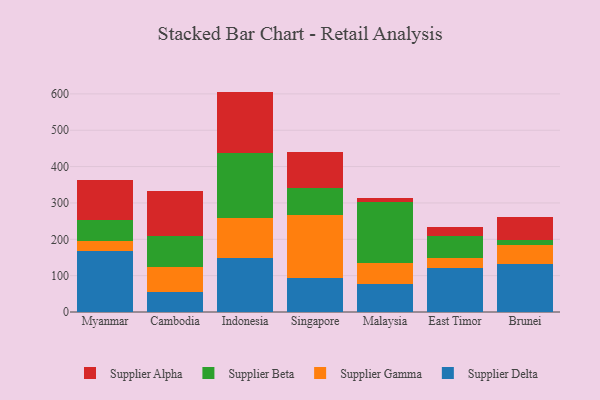
{"axis": {"x": "Country", "y": "Inventory Turnover"}, "legend": ["Supplier Alpha", "Supplier Beta", "Supplier Delta", "Supplier Gamma"], "data": [{"x": "Myanmar", "y": 167.5, "type": "Supplier Delta"}, {"x": "Myanmar", "y": 27.0, "type": "Supplier Gamma"}, {"x": "Myanmar", "y": 58.0, "type": "Supplier Beta"}, {"x": "Myanmar", "y": 111.9, "type": "Supplier Alpha"}, {"x": "Cambodia", "y": 55.5, "type": "Supplier Delta"}, {"x": "Cambodia", "y": 67.1, "type": "Supplier Gamma"}, {"x": "Cambodia", "y": 85.3, "type": "Supplier Beta"}, {"x": "Cambodia", "y": 124.6, "type": "Supplier Alpha"}, {"x": "Indonesia", "y": 149.9, "type": "Supplier Delta"}, {"x": "Indonesia", "y": 109.0, "type": "Supplier Gamma"}, {"x": "Indonesia", "y": 177.4, "type": "Supplier Beta"}, {"x": "Indonesia", "y": 170.0, "type": "Supplier Alpha"}, {"x": "Singapore", "y": 93.3, "type": "Supplier Delta"}, {"x": "Singapore", "y": 172.7, "type": "Supplier Gamma"}, {"x": "Singapore", "y": 75.8, "type": "Supplier Beta"}, {"x": "Singapore", "y": 97.1, "type": "Supplier Alpha"}, {"x": "Malaysia", "y": 75.8, "type": "Supplier Delta"}, {"x": "Malaysia", "y": 58.9, "type": "Supplier Gamma"}, {"x": "Malaysia", "y": 168.2, "type": "Supplier Beta"}, {"x": "Malaysia", "y": 9.5, "type": "Supplier Alpha"}, {"x": "East Timor", "y": 120.8, "type": "Supplier Delta"}, {"x": "East Timor", "y": 28.5, "type": "Supplier Gamma"}, {"x": "East Timor", "y": 60.3, "type": "Supplier Beta"}, {"x": "East Timor", "y": 23.3, "type": "Supplier Alpha"}, {"x": "Brunei", "y": 131.5, "type": "Supplier Delta"}, {"x": "Brunei", "y": 53.7, "type": "Supplier Gamma"}, {"x": "Brunei", "y": 12.3, "type": "Supplier Beta"}, {"x": "Brunei", "y": 64.6, "type": "Supplier Alpha"}]}